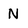
Character: N